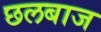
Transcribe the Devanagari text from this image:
छलबाज